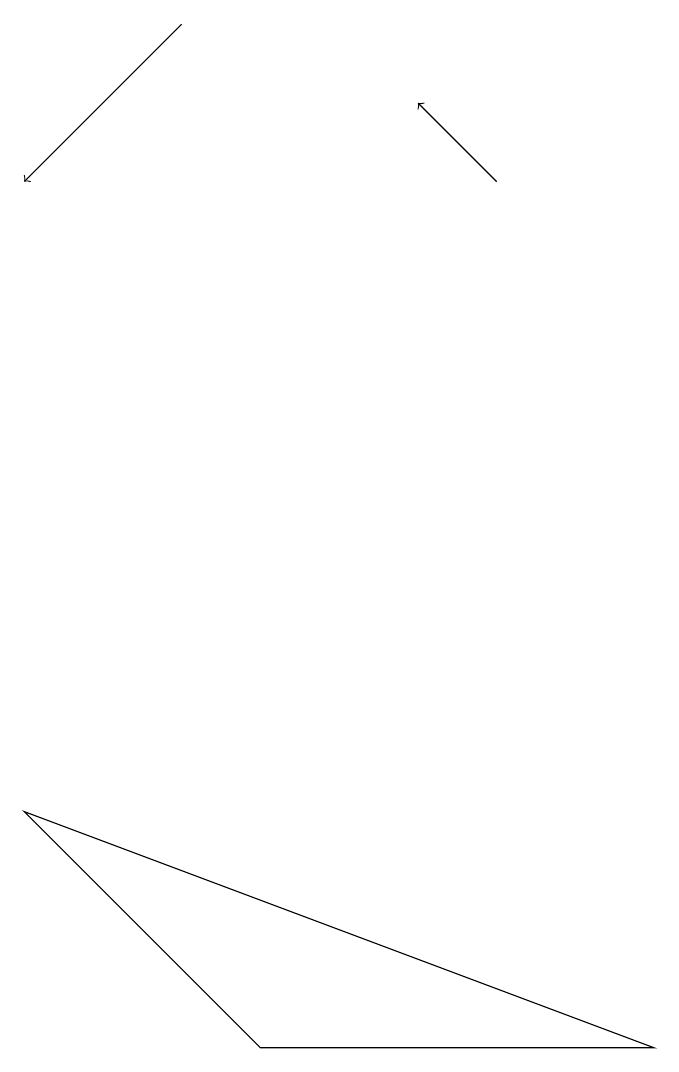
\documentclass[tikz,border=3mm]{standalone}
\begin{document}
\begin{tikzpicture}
\draw[->] (6,15) -- (5,16);
\draw (3,4) -- (8,4) -- (0,7) -- cycle;
\draw[->] (2,17) -- (0,15);
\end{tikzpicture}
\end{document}